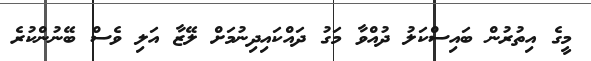
މީގެ އިތުރުން ބައިސްކަލު ދުއްވާ މަގު ދައްކައިދިނުމަށް ލޭޒާ އަލި ވެސް ބޭނުންކުރެ